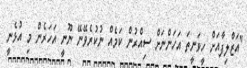
"އަޒްލިފާއަށް ހީވަނީތަ އަހަންނަށް ސިއްރުން ކަމެއް ނުކުރެވޭނޭ ނޫނީ އަހަރެން މި އުޅެނީ